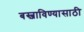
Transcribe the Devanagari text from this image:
बस्जाविण्यासाठी